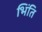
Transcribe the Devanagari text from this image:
भिंति